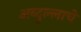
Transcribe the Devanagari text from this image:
अब्दुल्लाचे